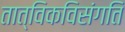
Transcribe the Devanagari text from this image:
तात्विकविसंगति